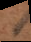
s